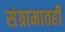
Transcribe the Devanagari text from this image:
संग्रामातही